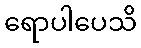
ရောပါပေသိ